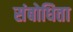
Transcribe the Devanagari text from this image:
संबोधिता